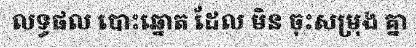
លទ្ធផល បោះឆ្នោត ដែល មិន ចុះសម្រុង គ្នា